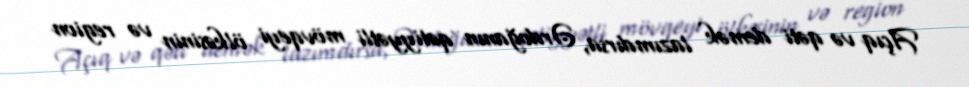
Açıq və qəti demək lazımdırsa, Ərdoğanın qətiyyətli mövqeyi ölkəsinin və region